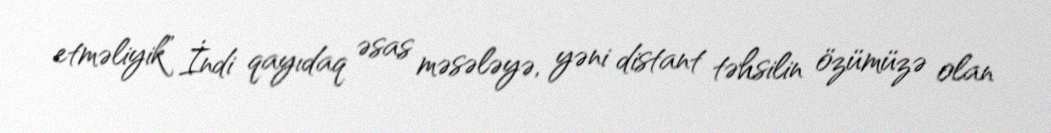
etməliyik” İndi qayıdaq əsas məsələyə, yəni distant təhsilin özümüzə olan